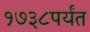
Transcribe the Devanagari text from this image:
१७३८पर्यंत